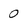
Character: 0